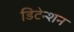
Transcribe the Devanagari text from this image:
डिटेन्शन